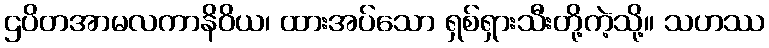
ဌပိတအာမလကာနိဝိယ၊ ထားအပ်သော ရှစ်ရှားသီးတို့ကဲ့သို့။ သဟဿ